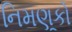
નિમણૂકો